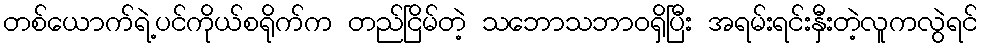
တစ်ယောက်ရဲ့ပင်ကိုယ်စရိုက်က တည်ငြိမ်တဲ့ သဘောသဘာဝရှိပြီး အရမ်းရင်းနှီးတဲ့လူကလွဲရင်